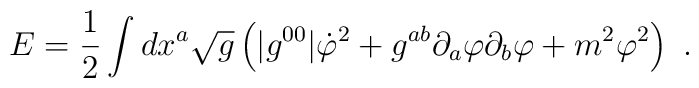
E= {1 \over 2}\int dx^a \sqrt{g}\left( |g^{00}|\dot{\varphi}^2+ g^{ab}\partial_a\varphi \partial_b\varphi + m^2 \varphi^2\right)\ .